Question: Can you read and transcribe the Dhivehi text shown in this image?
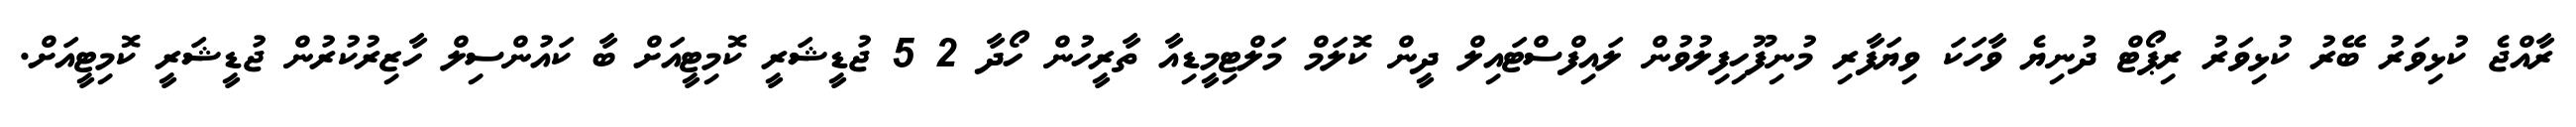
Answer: ރާއްޖެ ކުޅިވަރު ބޭރު ކުޅިވަރު ރިޕޯޓް ދުނިޔެ ވާހަކަ ވިޔަފާރި މުނިފޫހިފިލުވުން ލައިފްސްޓައިލް ދީން ކޮލަމް މަލްޓިމީޑިއާ ތާރީހުން ހޯދާ 2 5 ޖުޑީޝަރީ ކޮމިޓީއަށް ބާ ކައުންސިލް ހާޒިރުކުރުން ޖުޑީޝަރީ ކޮމިޓީއަށް.